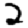
Digit: 2